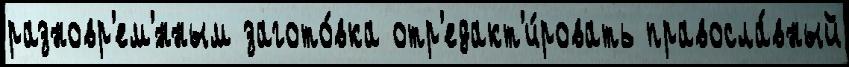
разновр'ем'́нным загото́вка отр'едакт'и́ровать правосла́вный